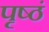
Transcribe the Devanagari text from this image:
पृष्ठं